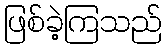
ဖြစ်ခဲ့ကြသည်